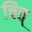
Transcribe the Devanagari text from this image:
चित्त्